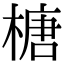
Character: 榶